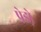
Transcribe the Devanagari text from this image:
पेडो़